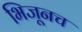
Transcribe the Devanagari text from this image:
भिजूनच